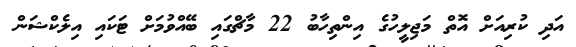
އަދި ކުރިއަށް އޮތް މަޖިލީހުގެ އިންތިހާބު 22 މާޗްގައި ބޭއްވުމަށް ޓަކައި އިލެކްޝަން